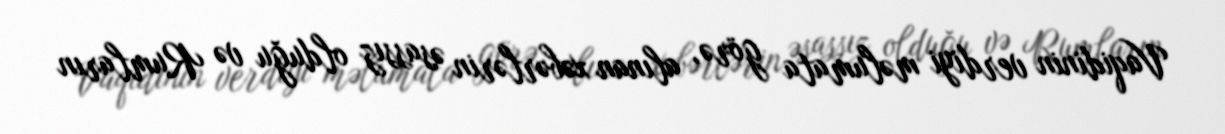
Vaqidinin verdiyi məlumata görə, alınan xəbərlərin əsassız olduğu və Rumların